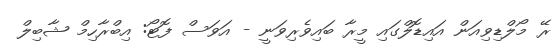
ރޭ މޯލްޑިވިއަން އައިޑޮލްގައި މީރާ ބައިވެރިވަނީ - އަވަސް ފޮޓޯ: އިބްރާހިމް ޝާބިލް